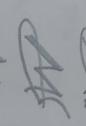
Signature authenticity: forged